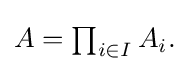
{\textstyle A=\prod _{i\in I}A_{i}.}